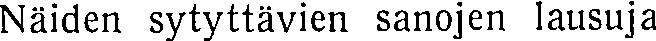
Näiden sytyttävien sanojen lausuja